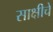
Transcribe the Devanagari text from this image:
साक्षीचे